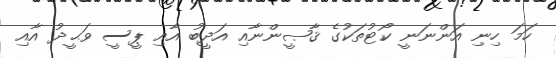
ހަމަ ހިނި އަންނަނީ ކޯޓުތަކުގެ ޤާޞީންނާއި އަދީބު އާއި ޕީސީ ވަޙީދު އާއި